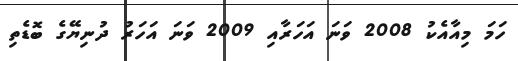
ހަމަ މިއާއެކު 2008 ވަނަ އަހަރާއި 2009 ވަނަ އަހަރު ދުނިޔޭގެ ބޮޑެތި